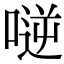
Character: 𠸺